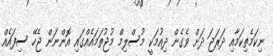
ނިކަމެތިކަމާއި ދަރަޖަ ދަށް ވެގެން ދިއުމަކީ މުސްލިމް މުޖުތަމައެއްގައި އޮންނަން ޖެހޭ ސިފައެއް